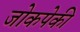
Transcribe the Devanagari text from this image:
जोकपेकी